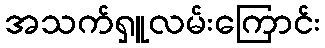
အသက်ရှူလမ်းကြောင်း